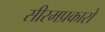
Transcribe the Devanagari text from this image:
सीरमप्रकारों